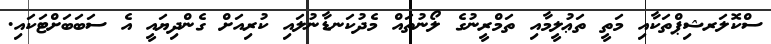
ސްކޮލަރޝިޕްތަކާއި މަތީ ތަޢުލީމާއި ތަމްރީނުގެ ލޯނުތައް މެދުކަނޑާނުލައި ކުރިއަށް ގެންދިޔައީ އެ ސަބަބަށްޓަކައި.